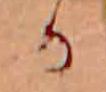
か